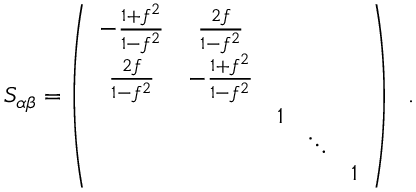
S _ { \alpha \beta } = \left( \begin{array} { c c c c c } { { - \frac { 1 + f ^ { 2 } } { 1 - f ^ { 2 } } } } & { { \frac { 2 f } { 1 - f ^ { 2 } } } } & { { } } & { { } } & { { } } \\ { { \frac { 2 f } { 1 - f ^ { 2 } } } } & { { - \frac { 1 + f ^ { 2 } } { 1 - f ^ { 2 } } } } & { { } } & { { } } & { { } } \\ { { } } & { { } } & { { 1 } } & { { } } & { { } } \\ { { } } & { { } } & { { } } & { { \ddots } } & { { } } \\ { { } } & { { } } & { { } } & { { } } & { { 1 } } \end{array} \right) ~ ~ .